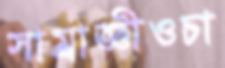
সাম্রাজ্ঞীওচা